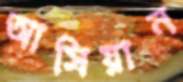
আসিয়ান